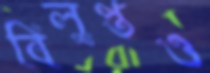
বিলুপ্তও